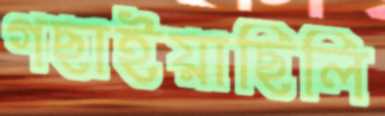
গছাইয়াছিলি